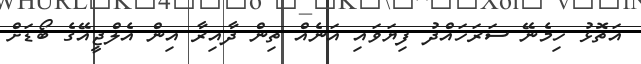
އަތޮޅު ހިމެނޭ ސަރަހައްދު ފިޔަވައި އަނެއް ތިން ދާއިރާ އިން އެލްޖީއޭގެ ބޯޑަށް